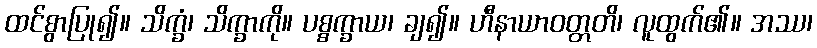
ထင်စွာပြု၍။ သိက္ခံ၊ သိက္ခာကို။ ပစ္စက္ခာယ၊ ချ၍။ ဟီနာယာဝတ္တတိ၊ လူထွက်၏။ အဿ၊